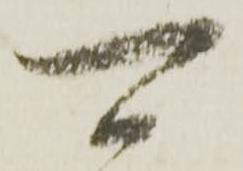
可